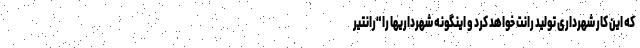
که این کار شهرداری تولید رانت خواهد کرد و اینگونه شهرداریها را "رانتیر